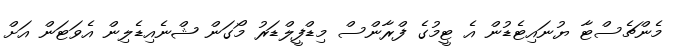
މެންޗެސްޓާ ޔުނައިޓެޑުން އެ ޓީމުގެ ފްރާންސް މިޑްފީލްޑަރު މޯގަން ޝްނެއިޑެލިން އެވަޓަން އަށް